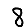
Digit: 8